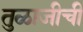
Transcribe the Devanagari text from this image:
तुळाजीची